Enquiry on enteric fever in India - Number 32
Disease focus: Fever
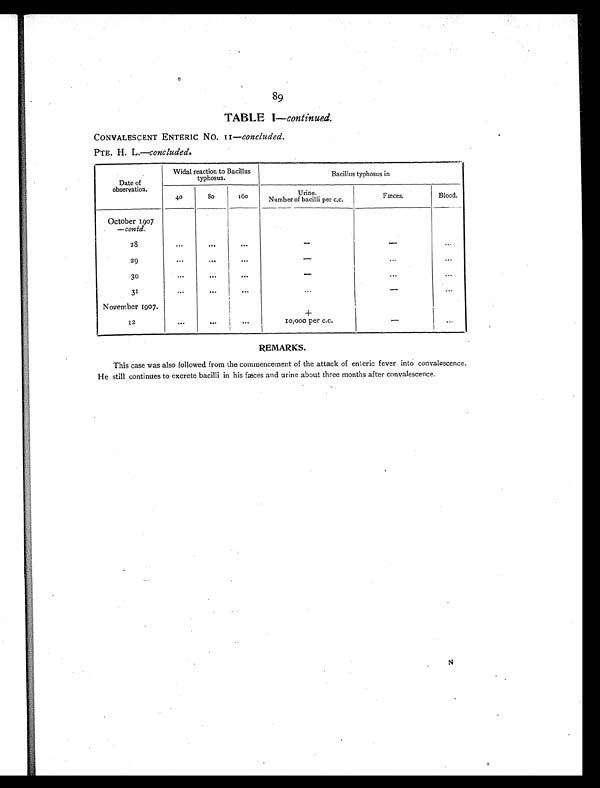
89
TABLE I—continued.
CONVALESCENT ENTERIC No. II —concluded.
PTE. H. L.—concluded.
Date of
observation.
Widal reaction to Bacillus
typhosus.
Bacillus typhosus in
40
80
160
Urine
Number of bacilli per c.c.
Fæces.
Blood.
October 1907
— contd.
28
...
...
. . .
-
-
...
2 9
. . .
. . .
. . .
-
. . .
. . .
30
. . .
. . .
. . .
-
. . .
. . .
31
. . .
. . .
. . .
•••
-
. . .
November 1907.
+
12
. . .
...
...
10,000 per c.c.
-
. . .
REMARKS.
This case was also followed from the commencement of the attack of enteric fever into convalescence.
He still continues to excrete bacilli in his fæces and urine about three months after convalescence.